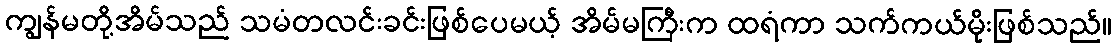
ကျွန်မတို့အိမ်သည် သမံတလင်းခင်းဖြစ်ပေမယ့် အိမ်မကြီးက ထရံကာ သက်ကယ်မိုးဖြစ်သည်။